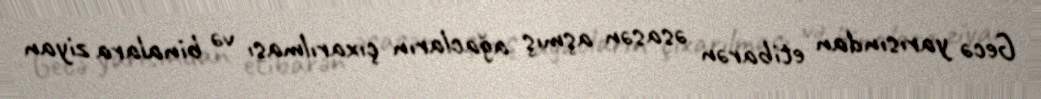
Gecə yarısından etibarən əsasən aşmış ağacların çıxarılması və binalara ziyan